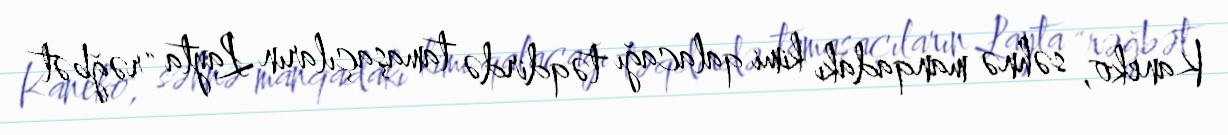
Kaneko, səhnə manqadakı kimi qalacağı təqdirdə tamaşaçıların Layta "rəğbət